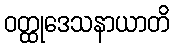
ဝတ္ထုဒေသနာယာတိ